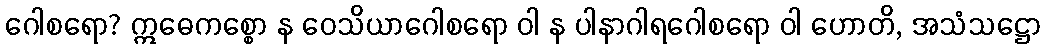
ဂေါစရော? ဣဓေကစ္စော န ဝေသိယာဂေါစရော ဝါ န ပါနာဂါရဂေါစရော ဝါ ဟောတိ, အသံသဋ္ဌော